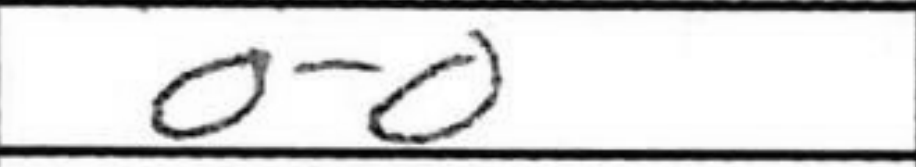
Transcription: O-O